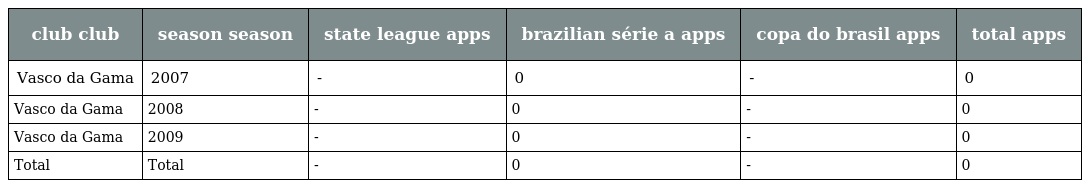
| club club | season season | state league apps | brazilian série a apps | copa do brasil apps | total apps |
 | --- | --- | --- | --- | --- | --- |
 | Vasco da Gama | 2007 | - | 0 | - | 0 |
 | Vasco da Gama | 2008 | - | 0 | - | 0 |
 | Vasco da Gama | 2009 | - | 0 | - | 0 |
 | Total | Total | - | 0 | - | 0 |